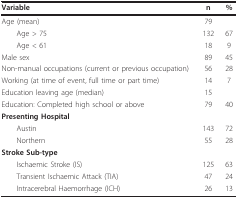
<table><thead><tr><td><b>Variable</b></td><td><b>n</b></td><td><b>%</b></td></tr></thead><tbody><tr><td>Age (mean)</td><td>79</td><td></td></tr><tr><td> Age &gt; 75</td><td>132</td><td>67</td></tr><tr><td> Age &lt; 61</td><td>18</td><td>9</td></tr><tr><td>Male sex</td><td>89</td><td>45</td></tr><tr><td>Non-manual occupations (current or previous occupation)</td><td>56</td><td>28</td></tr><tr><td>Working (at time of event, full time or part time)</td><td>14</td><td>7</td></tr><tr><td>Education leaving age (median)</td><td>15</td><td></td></tr><tr><td>Education: Completed high school or above</td><td>79</td><td>40</td></tr><tr><td><b>Presenting Hospital</b></td><td></td><td></td></tr><tr><td> Austin</td><td>143</td><td>72</td></tr><tr><td> Northern</td><td>55</td><td>28</td></tr><tr><td><b>Stroke Sub-type</b></td><td></td><td></td></tr><tr><td> Ischaemic Stroke (IS)</td><td>125</td><td>63</td></tr><tr><td> Transient Ischaemic Attack (TIA)</td><td>47</td><td>24</td></tr><tr><td> Intracerebral Haemorrhage (ICH)</td><td>26</td><td>13</td></tr></tbody></table>